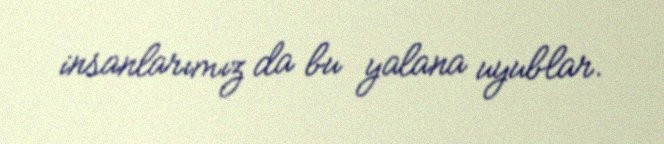
insanlarımız da bu yalana uyublar.